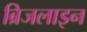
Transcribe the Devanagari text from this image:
ब्रिजलाइन